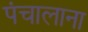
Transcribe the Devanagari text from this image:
पंचालाना